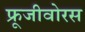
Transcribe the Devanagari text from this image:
फ्रूजीवोरस